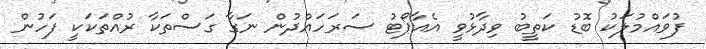
ފުވައްމުލަކު ބޮޑު ކަތީބު ވިދާޅުވީ އެއާޕޯޓު ސަރަހައްދުން ނަގާ ގަސްތަކާ ރުއްތަކަކީ ފަހުން